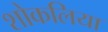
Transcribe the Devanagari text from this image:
शोकलिया